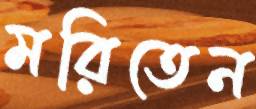
মরিতেন